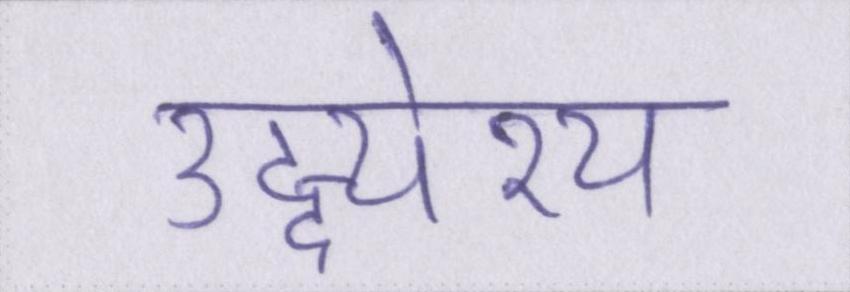
उद्द्येश्य